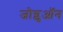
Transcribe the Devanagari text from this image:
जोग्लुऑन